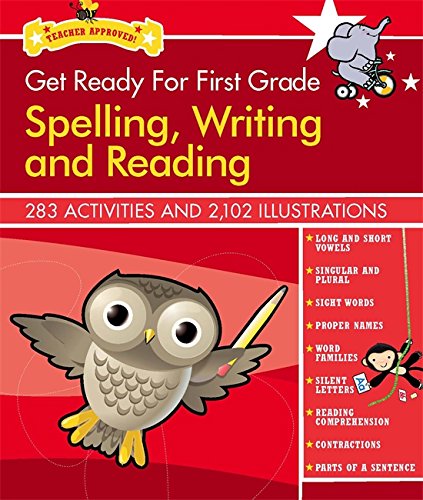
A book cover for Get Ready for First Grade: Spelling, Writing and Reading (Get Ready for School); Athena Anna Lima; Reference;